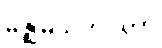
မဇ္ဈိမသဟဂတာ